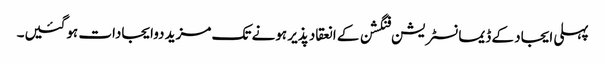
پہلی ایجاد کے ڈیمانسٹریشن فنگشن کے انعقاد پذیر ہونے تک مزید دوایجادات ہوگئیں۔